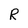
Character: R